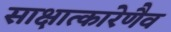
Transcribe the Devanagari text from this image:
साक्षात्कारेणैव